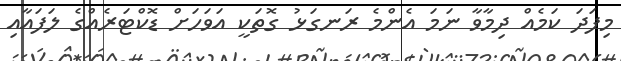
މިފަދަ ކަމެއް ދިމާވާ ނަމަ އެންމެ ރަނގަޅު ގޮތަކީ އަވަހަށް ޑޮކްޓަރެއްގެ ލަފައާއި